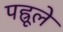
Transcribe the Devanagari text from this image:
पह्रूले